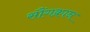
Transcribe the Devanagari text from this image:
सौंगक्रान